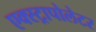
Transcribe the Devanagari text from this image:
एक्स्ट्रापोलेटर